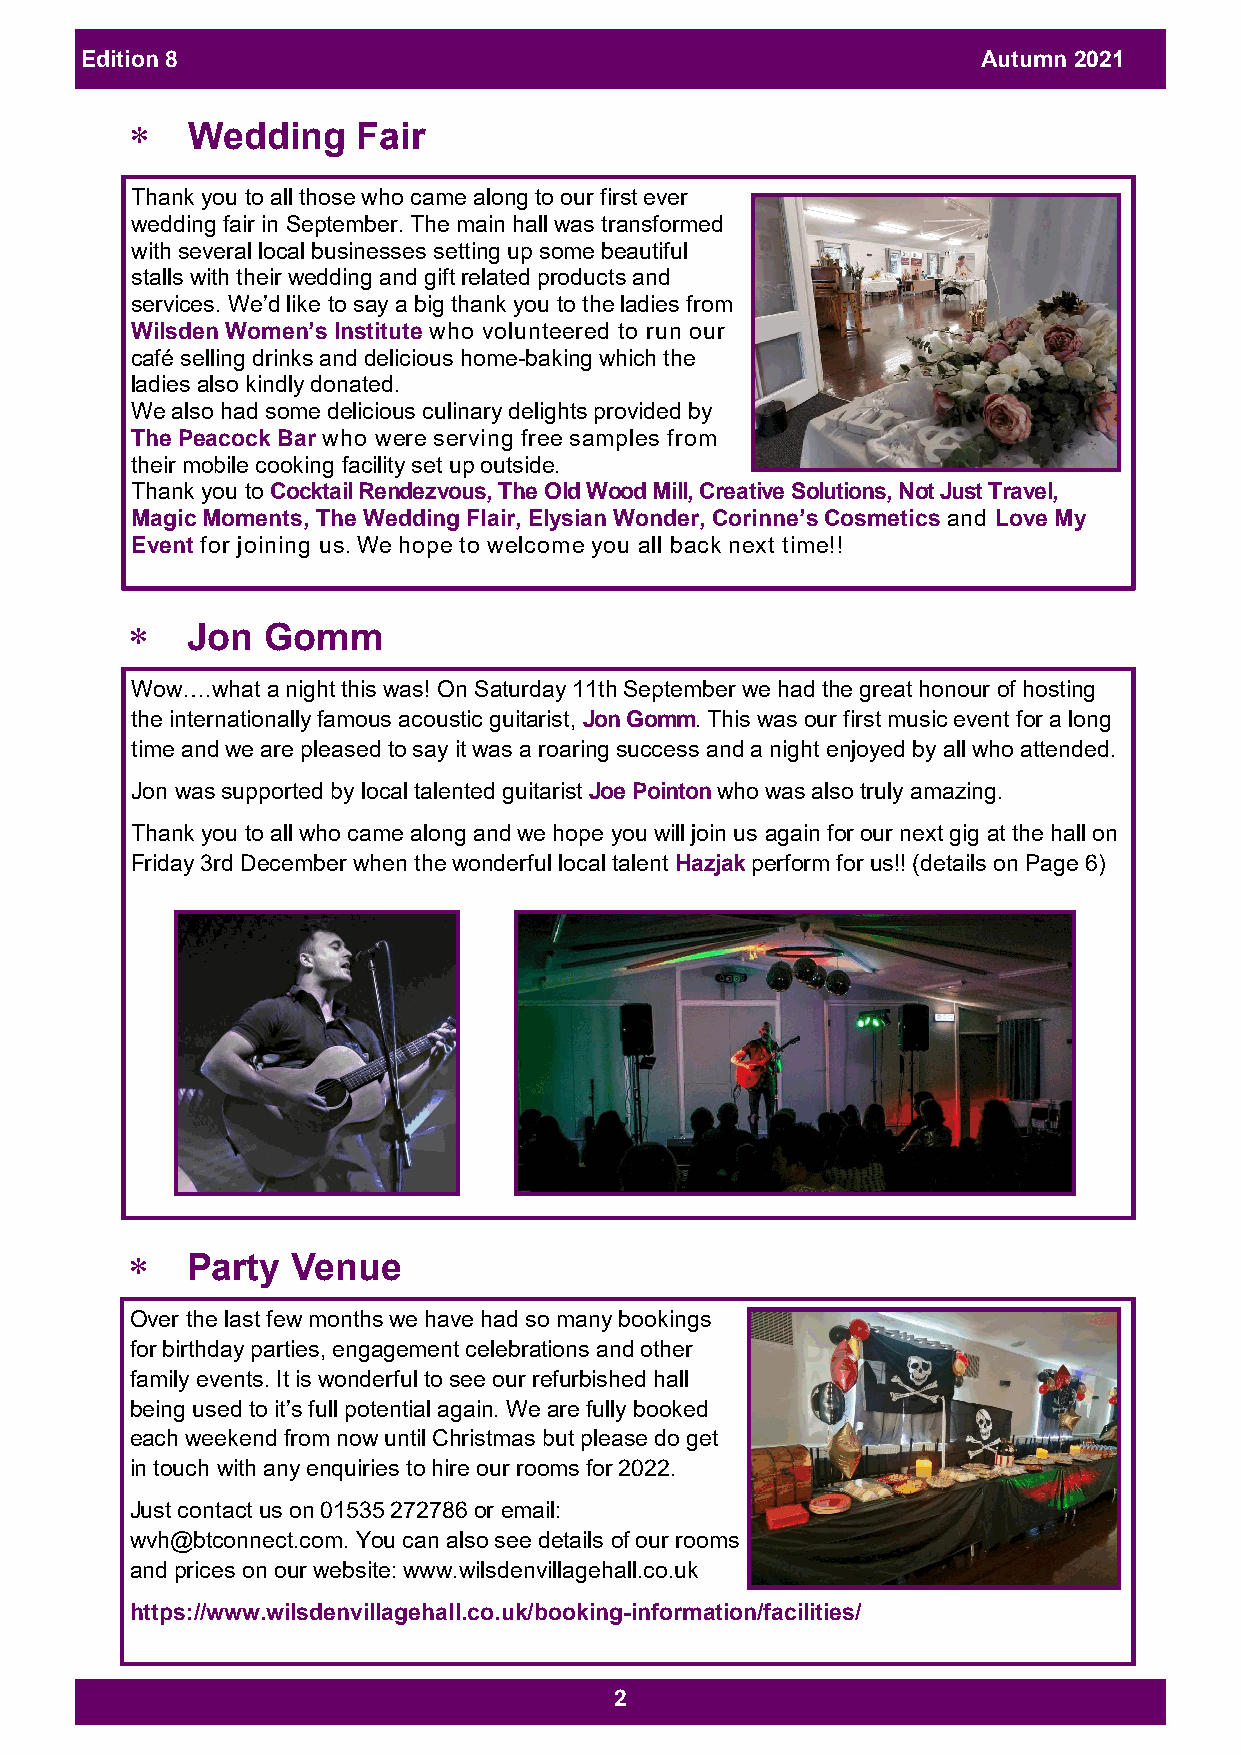
Edition 8                                                   Autumn 2021
   Wedding     Fair
 Thank you to all those who came along to our first ever
 wedding fair in September. The main hall was transformed
 with several local businesses setting up some beautiful
 stalls with their wedding and gift related products and
 services. We’d like to say a big thank you to the ladies from
 Wilsden Women’s Institute who volunteered to run our
 café selling drinks and delicious home-baking which the
 ladies also kindly donated.
 We also had some delicious culinary delights provided by
 The Peacock Bar who were serving free samples from
 their mobile cooking facility set up outside.
 Thank you to Cocktail Rendezvous, The Old Wood Mill, Creative Solutions, Not Just Travel,
 Magic Moments, The Wedding Flair, Elysian Wonder, Corinne’s Cosmetics and Love My
 Event for joining us. We hope to welcome you all back next time!!
    Jon  Gomm
 Wow….what a night this was! On Saturday 11th September we had the great honour of hosting
 the internationally famous acoustic guitarist, Jon Gomm. This was our first music event for a long
 time and we are pleased to say it was a roaring success and a night enjoyed by all who attended.
 Jon was supported by local talented guitarist Joe Pointon who was also truly amazing.
 Thank you to all who came along and we hope you will join us again for our next gig at the hall on
 Friday 3rd December when the wonderful local talent Hazjak perform for us!! (details on Page 6)
    Party  Venue
 Over the last few months we have had so many bookings
 for birthday parties, engagement celebrations and other
 family events. It is wonderful to see our refurbished hall
 being used to it’s full potential again. We are fully booked
 each weekend from now until Christmas but please do get
 in touch with any enquiries to hire our rooms for 2022.
 Just contact us on 01535 272786 or email:
 wvh@btconnect.com. You can also see details of our rooms
 and prices on our website: www.wilsdenvillagehall.co.uk
 https://www.wilsdenvillagehall.co.uk/booking-information/facilities/
 2